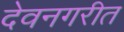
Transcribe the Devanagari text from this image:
देवनगरीत